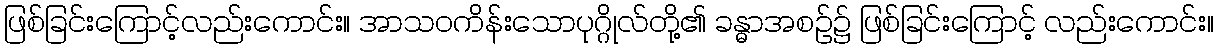
ဖြစ်ခြင်းကြောင့်လည်းကောင်း။ အာသဝကိန်းသောပုဂ္ဂိုလ်တို့၏ ခန္ဓာအစဉ်၌ ဖြစ်ခြင်းကြောင့် လည်းကောင်း။